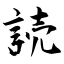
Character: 読